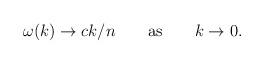
LaTeX: \begin{align*}\omega(k) \to c k/n \qquad {\rm as} \qquad k \to 0.\end{align*}